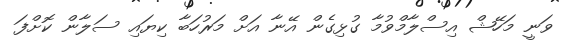
ވަނީ މަހޭޝް އިސްލާމްވުމާ ގުޅިގެން އޭނާ އަށް މަރުހަބާ ކިޔައި ސަލާން ކޮށްފަ